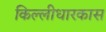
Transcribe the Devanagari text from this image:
किल्लीधारकास